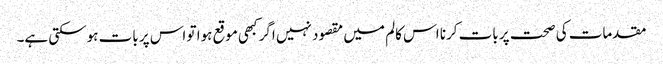
مقدمات کی صحت پر بات کرنا اس کالم میں مقصود نہیں اگر کبھی موقع ہوا تو اس پر بات ہوسکتی ہے۔